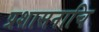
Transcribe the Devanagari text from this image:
प्रशासनाचि